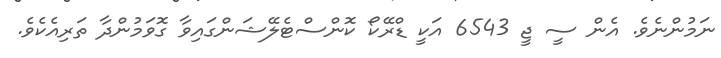
ނަމުންނެވެ. އެން ސީ ޖީ 6543 އަކީ ޑްރޭކޯ ކޮންސްޓެލޭޝަންގައިވާ ގޮވަމުންދާ ތަރިއެކެވެ.